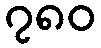
၇၈၀